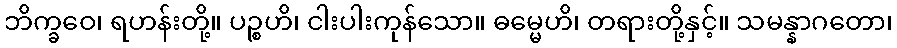
ဘိက္ခဝေ၊ ရဟန်းတို့။ ပဉ္စဟိ၊ ငါးပါးကုန်သော။ ဓမ္မေဟိ၊ တရားတို့နှင့်။ သမန္နာဂတော၊